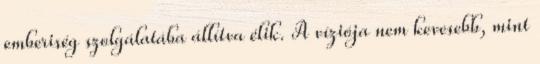
emberiség szolgálatába állítva élik. A víziója nem kevesebb, mint